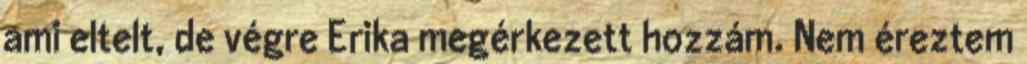
ami eltelt, de végre Erika megérkezett hozzám. Nem éreztem